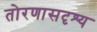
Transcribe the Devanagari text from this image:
तोरणासदृश्य